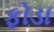
ફોડા